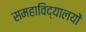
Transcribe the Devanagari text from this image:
समहाविद्यालयों